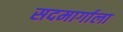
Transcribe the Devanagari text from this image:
सदमार्गाला